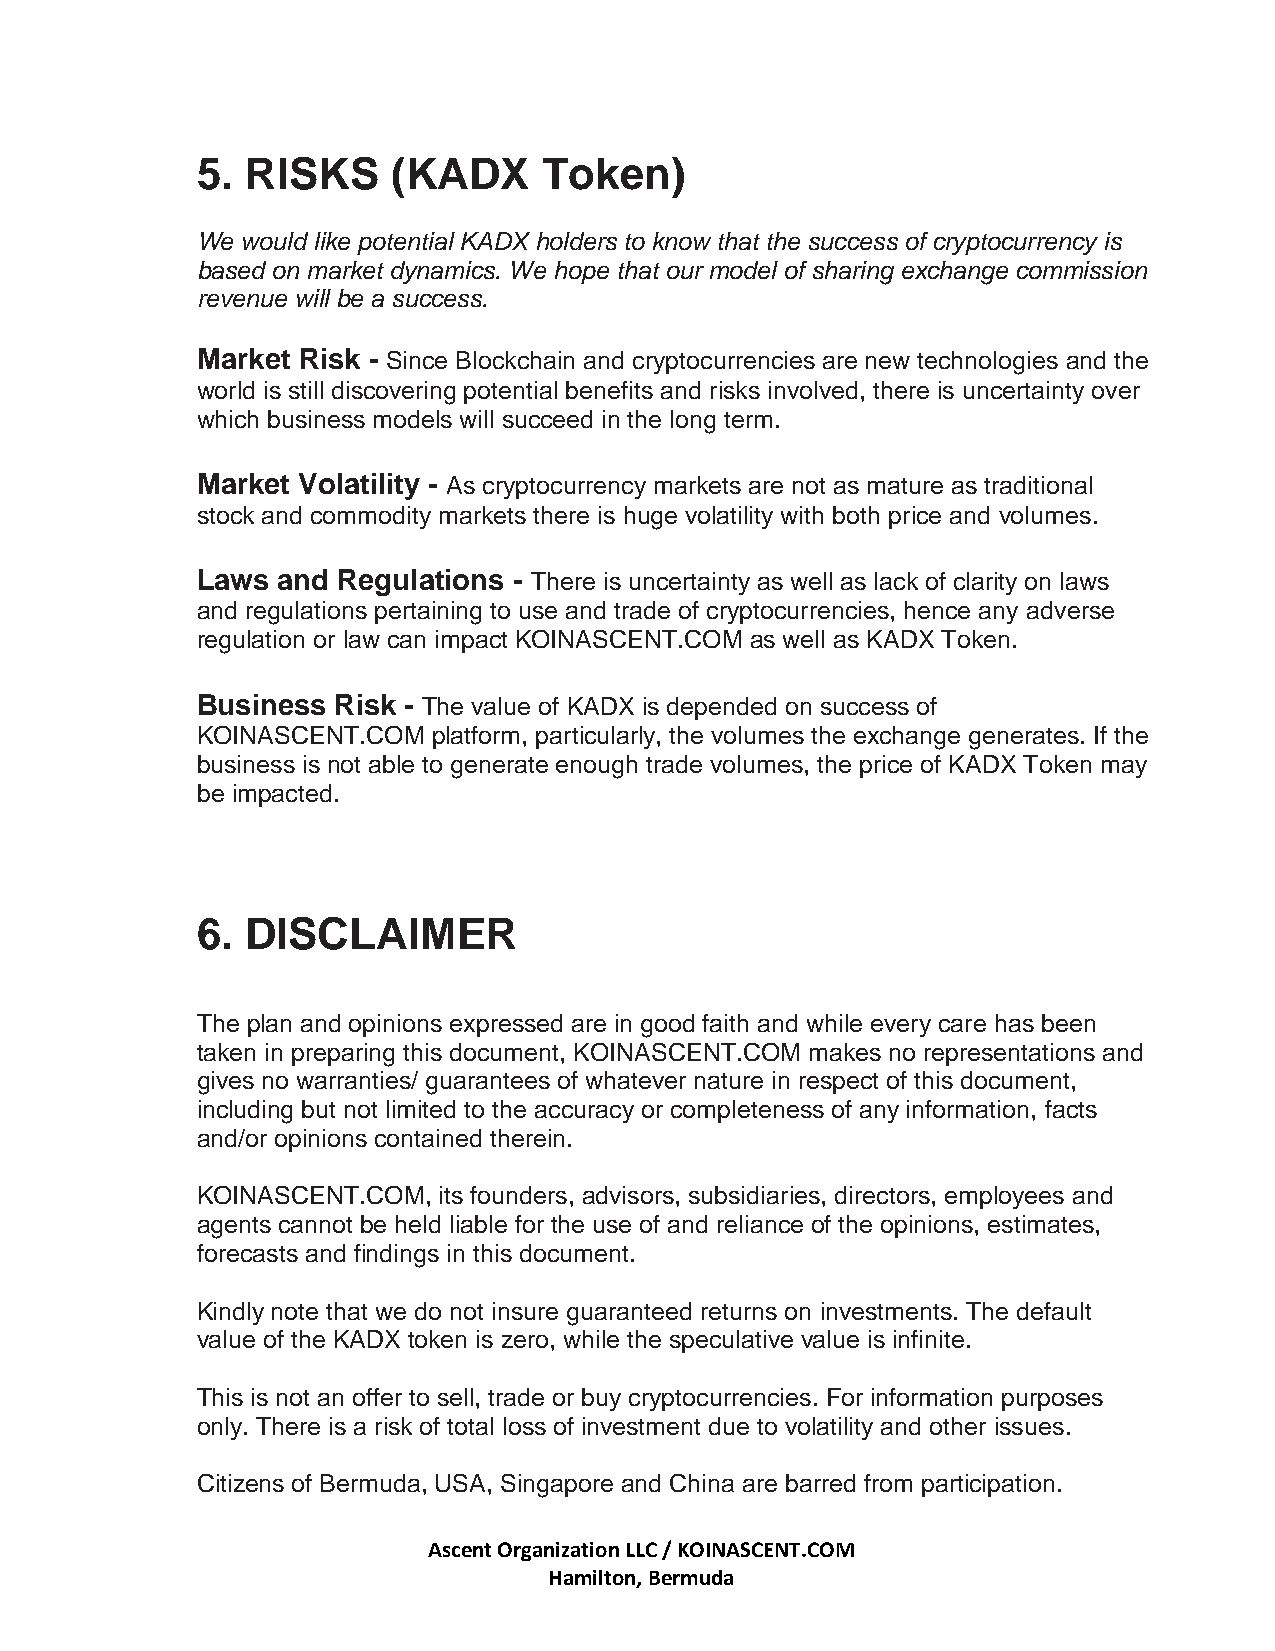
5. RISKS     (KADX     Token)
 We would like potential KADX holders to know that the success of cryptocurrency is
 based on market dynamics. We hope that our model of sharing exchange commission
 revenue will be a success.
 Market Risk - Since Blockchain and cryptocurrencies are new technologies and the
 world is still discovering potential benefits and risks involved, there is uncertainty over
 which business models will succeed in the long term.
 Market Volatility - As cryptocurrency markets are not as mature as traditional
 stock and commodity markets there is huge volatility with both price and volumes.
 Laws and Regulations - There is uncertainty as well as lack of clarity on laws
 and regulations pertaining to use and trade of cryptocurrencies, hence any adverse
 regulation or law can impact KOINASCENT.COM as well as KADX Token.
 Business Risk - The value of KADX is depended on success of
 KOINASCENT.COM  platform, particularly, the volumes the exchange generates. If the
 business is not able to generate enough trade volumes, the price of KADX Token may
 be impacted.
 6. DISCLAIMER
 The plan and opinions expressed are in good faith and while every care has been
 taken in preparing this document, KOINASCENT.COM makes no representations and
 gives no warranties/ guarantees of whatever nature in respect of this document,
 including but not limited to the accuracy or completeness of any information, facts
 and/or opinions contained therein.
 KOINASCENT.COM, its founders, advisors, subsidiaries, directors, employees and
 agents cannot be held liable for the use of and reliance of the opinions, estimates,
 forecasts and findings in this document.
 Kindly note that we do not insure guaranteed returns on investments. The default
 value of the KADX token is zero, while the speculative value is infinite.
 This is not an offer to sell, trade or buy cryptocurrencies. For information purposes
 only. There is a risk of total loss of investment due to volatility and other issues.
 Citizens of Bermuda, USA, Singapore and China are barred from participation.
 Ascent Organization LLC / KOINASCENT.COM
 Hamilton, Bermuda